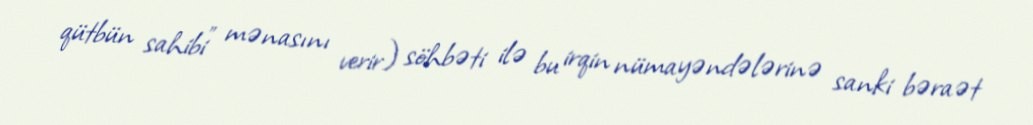
qütbün sahibi” mənasını verir) söhbəti ilə bu irqin nümayəndələrinə sanki bəraət